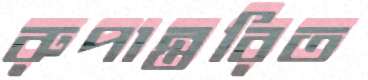
রুপান্তরিত